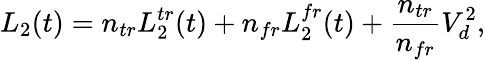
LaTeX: L_{2}(t)=n_{tr}L_{2}^{tr}(t)+n_{fr}L_{2}^{fr}(t)+\frac{n_{tr}}{n_{fr}}V_{d}^{2},